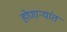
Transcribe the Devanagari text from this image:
होणाऱ्यांत